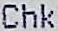
CHK